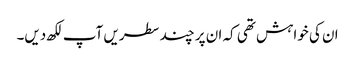
ان کی خواہش تھی کہ ان پر چند سطریں آپ لکھ دیں۔